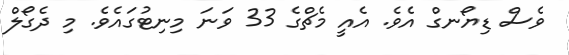
ވެސް ޑިޔޯނގް އެވެ. އެއީ މެޗްގެ 33 ވަނަ މިނިޓުގައެވެ. މި ދެގޯލް